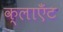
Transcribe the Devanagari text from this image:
क्लाएँट